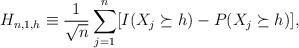
LaTeX: \begin{align*}H_{n,1,h} \equiv \frac{1}{\sqrt n} \sum_{j=1}^n[ I( X_j \succeq h)- P( X_j \succeq h)], \end{align*}